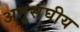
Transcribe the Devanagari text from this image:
अनुसंघीय